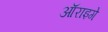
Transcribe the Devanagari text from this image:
ऑराइगे